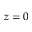
z = 0